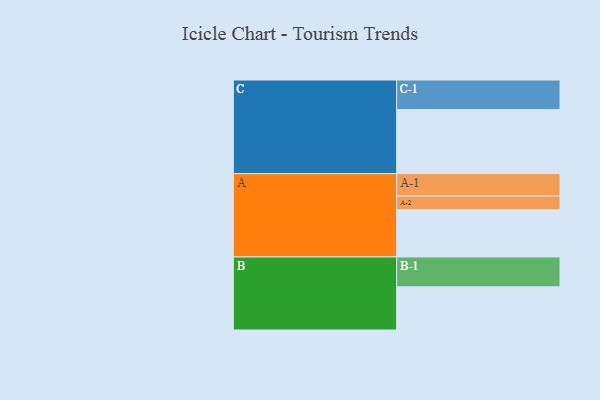
{"axis": {"x": "Segment", "y": "Value"}, "legend": ["", "A", "B", "C"], "data": [{"x": "A", "y": 417, "type": ""}, {"x": "B", "y": 382, "type": ""}, {"x": "C", "y": 566, "type": ""}, {"x": "A-1", "y": 198, "type": "A"}, {"x": "A-2", "y": 122, "type": "A"}, {"x": "B-1", "y": 264, "type": "B"}, {"x": "C-1", "y": 262, "type": "C"}]}